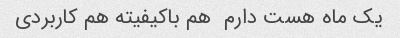
یک ماه هست دارم  هم باکیفیته هم کاربردی